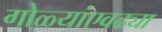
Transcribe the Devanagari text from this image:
गोळ्यांएवढ्या